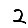
Digit: 2